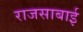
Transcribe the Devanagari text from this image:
राजसाबाई